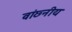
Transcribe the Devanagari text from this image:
वांछ्नीय